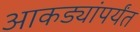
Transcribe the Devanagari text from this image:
आकड्यांपर्यंत